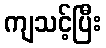
ကျသင့်ပြီး